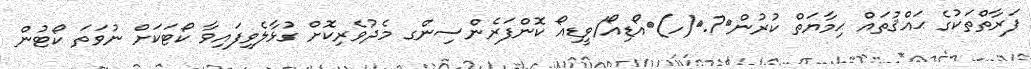
ފަރާތްތަކުގެ ޙައްޤުތައް ޙިމާޔަތް ކުރުން	7.	(ހ)	އޯޑިއޯ/ވީޑިއޯ ކޮންފަރެންސިންގ މެދުވެރިކޮށް ގުޅާލެވިފައިވާ ކޯޓަކަށް ނުވަތަ ކޯޓުން